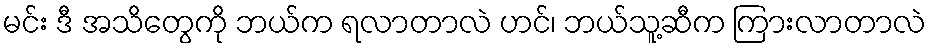
မင်း ဒီ အသိတွေကို ဘယ်က ရလာတာလဲ ဟင်၊ ဘယ်သူ့ဆီက ကြားလာတာလဲ